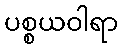
ပစ္စယဝါရာ